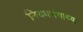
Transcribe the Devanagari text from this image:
नियमभंगाच्या